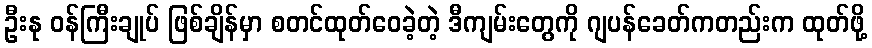
ဦးနု ဝန်ကြီးချုပ် ဖြစ်ချိန်မှာ စတင်ထုတ်ဝေခဲ့တဲ့ ဒီကျမ်းတွေကို ဂျပန်ခေတ်ကတည်းက ထုတ်ဖို့